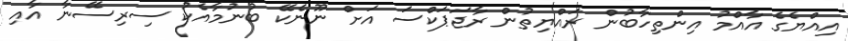
އިއްޔެގެ އާއްމު އިންތިހާބުން ރައްޔިތުން ރާޖަޕަކްސަ އަށް ނޫނެކޭ ބުނުމާއެކު ސިރިސޭނާ އާއި